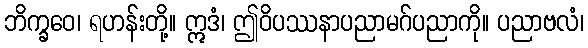
ဘိက္ခဝေ၊ ရဟန်းတို့။ ဣဒံ၊ ဤဝိပဿနာပညာမဂ်ပညာကို။ ပညာဗလံ၊